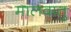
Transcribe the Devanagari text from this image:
मालवातु